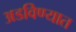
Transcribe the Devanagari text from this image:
अडविण्यात